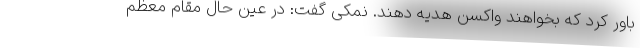
باور کرد که بخواهند واکسن هدیه دهند. نمکی گفت: در عین حال مقام معظم